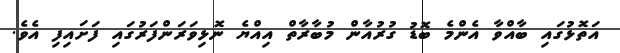
އަތޮޅުގައި ބާއްވާ އެންމެ ބޮޑު ގުރުއާން މުބާރާތް އިއްޔެ ނޮޅިވަރަންފަރުގައި ފަށައިފި އެވެ.